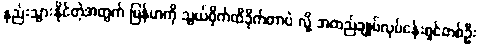
နည်းသွားနိုင်တဲ့အတွက် မြန်မာကို သွယ်ဝိုက်ထိခိုက်တာပဲ လို့ အထည်ချုပ်လုပ်ငန်းရှင်တစ်ဦး